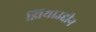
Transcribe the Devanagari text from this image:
झियाउद्दीन